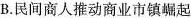
B. 民间商人推动商业市镇崛起